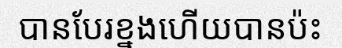
បានបែរខ្នងហើយបានប៉ះ